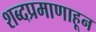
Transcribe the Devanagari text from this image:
शब्दप्रमाणाहून